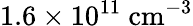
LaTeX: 1.6\times 10^{11}~\mathrm{{cm^{-3}}}